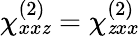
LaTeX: \chi_{xx\mathit{z}}^{(2)}=\chi_{\mathit{z}xx}^{(2)}